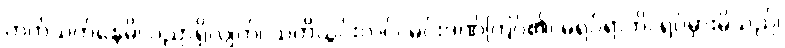
တက်သက်နေမိ၊ ပညာရှိလျက်၊ သတိယွင်းလပ်၊ မင်းဒဏ်ကြပ်၏၊ မရပ်ရာဘိ၊ ရပ်မှားမိသည်၊